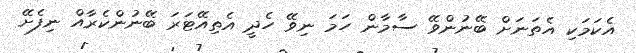
އެކަމަކި އެތަނަށް ބޭނުންވޭ ސާމާން ހަމަ ނިވޭ ހެދީ އެތިއޭޓަރަ ބޭނުންކެރާއް ނިފެށޭ